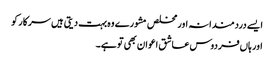
ایسے دردمندانہ اور مخلص مشورے وہ بہت دیتی ہیں سرکار کو
اور ہاں‌فردوس عاشق اعوان بھی تو ہے۔